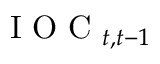
\mathrm { ~ I ~ O ~ C ~ } _ { t , t - 1 }